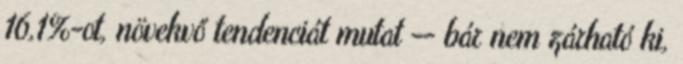
16,1%-ot, növekvő tendenciát mutat -- bár nem zárható ki,